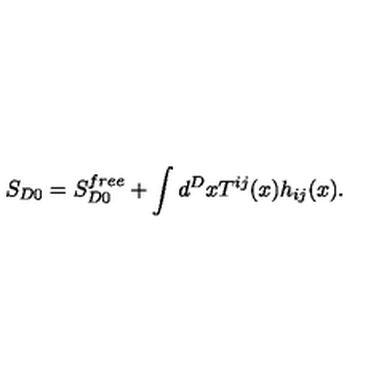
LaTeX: S _ { D 0 } = S _ { D 0 } ^ { f r e e } + \int d ^ { D } x T ^ { i j } ( x ) h _ { i j } ( x ) .